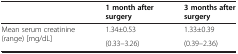
<table><thead><tr><td><b> </b></td><td><b>1 month after surgery</b></td><td><b>3 months after surgery</b></td></tr></thead><tbody><tr><td>Mean serum creatinine (range) [mg/dL]</td><td>1.34±0.53</td><td>1.33±0.39</td></tr><tr><td> </td><td>(0.33–3.26)</td><td>(0.39–2.36)</td></tr></tbody></table>